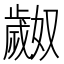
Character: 𬆎